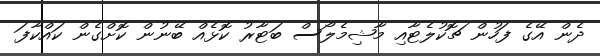
ދެން އޭގެ ފަހުން ޗޮކުލެޓާއި މާޝިމެލޯސް ބަޓާރު ކޮޅެއް ބޭނުން ކޮށްގެން ކައްކާފަ